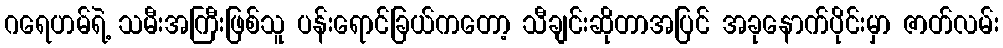
ဂရေဟမ်ရဲ့ သမီးအကြီးဖြစ်သူ ပန်းရောင်ခြယ်ကတော့ သီချင်းဆိုတာအပြင် အခုနောက်ပိုင်းမှာ ဇာတ်လမ်း